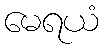
မေရယံ